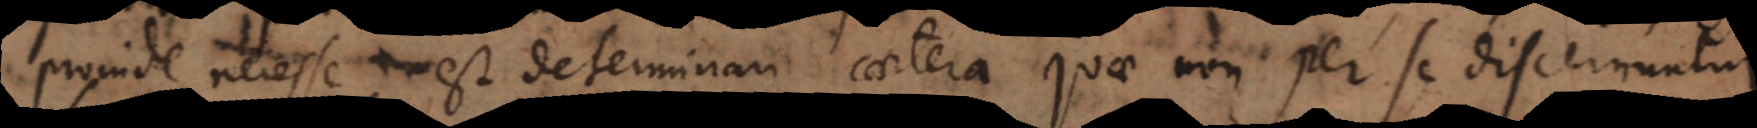
proinde necesse est determinari caetera quae non per se discernuntur